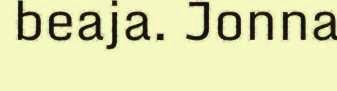
beaja. Jonna